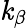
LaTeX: \mathit{k}_{\beta}